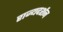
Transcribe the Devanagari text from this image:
राज्यदर्शन